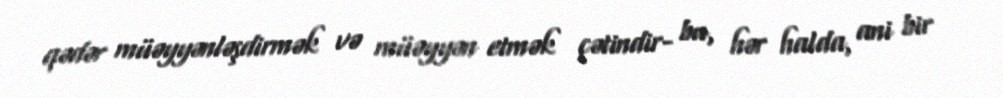
qədər müəyyənləşdirmək və müəyyən etmək çətindir- bu, hər halda, ani bir